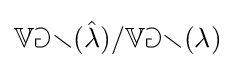
\mathbb {Var} ({\hat {\lambda }})/\mathbb {Var} (\lambda )